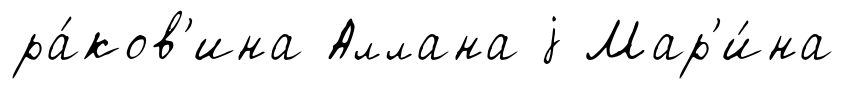
ра́ков'ина Аллана j Мар'и́на